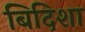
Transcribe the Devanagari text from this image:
बिदिशा